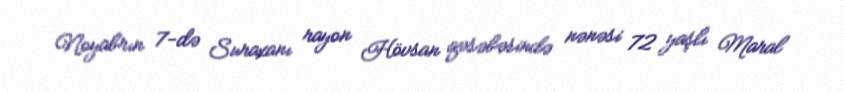
Noyabrın 7-də Suraxanı rayon Hövsan qəsəbəsində nənəsi 72 yaşlı Maral